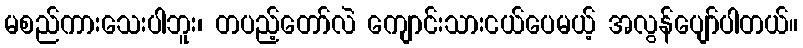
မစည်ကားသေးပါဘူး၊ တပည့်တော်လဲ ကျောင်းသားငယ်ပေမယ့် အလွန်ပျော်ပါတယ်။